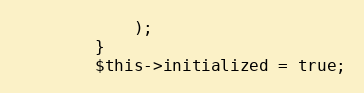
Language: PHP
            );
        }
        $this->initialized = true;